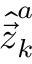
\hat { \vec { z } } _ { k } ^ { a }